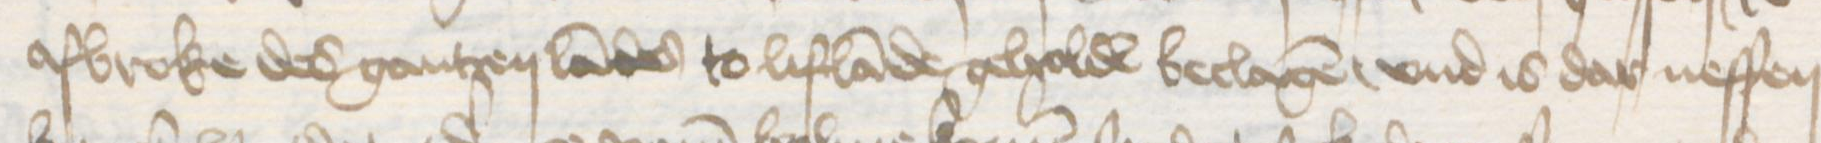
afbroke des gantzen landes to Liflande geholde beclagen, vnd is dar neffen